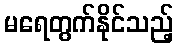
မရေတွက်နိုင်သည့်